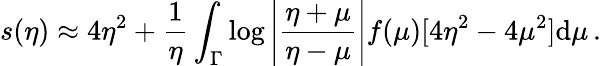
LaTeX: s(\eta)\approx 4\eta^{2}+\frac{1}{\eta}\int_{\Gamma}\log\left|\frac{\eta+\mu}{\eta-\mu}\right|f(\mu)[4\eta^{2}-4\mu^{2}]\mathrm{d}\mu\, .